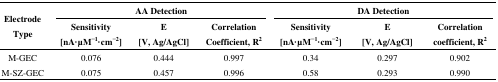
<table><thead><tr><td rowspan="3"><b>Electrode Type</b></td><td colspan="3"><b>AA Detection</b></td><td colspan="3"><b>DA Detection</b></td></tr><tr><td><b>Sensitivity [nA·μM<sup>−1</sup>·cm<sup>−2</sup>]</b></td><td><b>E [V, Ag/AgCl]</b></td><td><b>Correlation Coefficient, R<sup>2</sup></b></td><td><b>Sensitivity [nA·μM<sup>−1</sup>·cm<sup>−2</sup>]</b></td><td><b>E [V, Ag/AgCl]</b></td><td><b>Correlation coefficient, R<sup>2</sup></b></td></tr></thead><tbody><tr><td>M-GEC</td><td>0.076</td><td>0.444</td><td>0.997</td><td>0.34</td><td>0.297</td><td>0.902</td></tr><tr><td>M-SZ-GEC</td><td>0.075</td><td>0.457</td><td>0.996</td><td>0.58</td><td>0.293</td><td>0.990</td></tr></tbody></table>